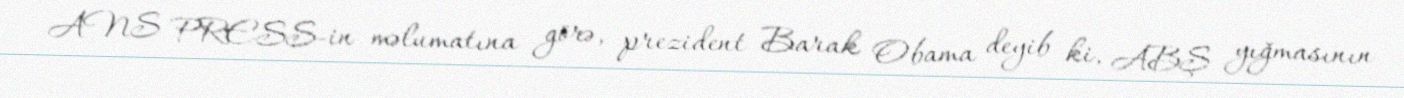
ANS PRESS-in məlumatına görə, prezident Barak Obama deyib ki, ABŞ yığmasının